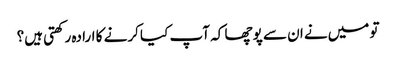
تو میں‌نے ان سے پوچھا کہ آپ کیا کرنے کا ارادہ رکھتی ہیں؟